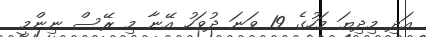
އަދި މިދިޔަ މަހުގެ 19 ވަނަ ދުވަހު އޭނާ މި ރޭސް ނިންމީ